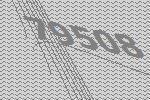
79508